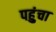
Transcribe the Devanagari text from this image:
पहुुंचा